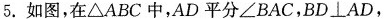
5.如图，在△ABC中，AD平分∠BAC，BD\botAD，